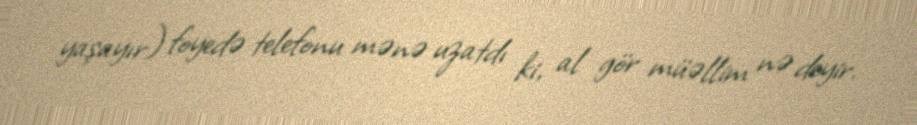
yaşayır) foyedə telefonu mənə uzatdı ki, al gör müəllim nə deyir.